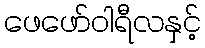
ဖေဖော်ဝါရီလနှင့်